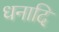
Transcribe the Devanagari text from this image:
धनादि